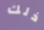
ذلك